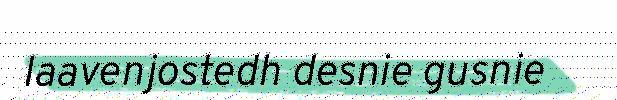
laavenjostedh desnie gusnie